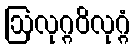
ဩလုဂ္ဂဝိလုဂ္ဂံ